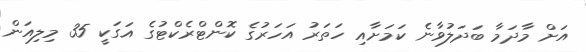
އަށް މާދަމާ ބަދަލުވާނެ ކަމަށާއި ހަތަރު އަހަރުގެ ކޮންޓްރެކްޓުގެ އަގަކީ 35 މިލިއަން